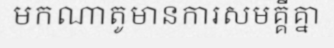
មកណាតូមានការសមគ្គីគ្នា